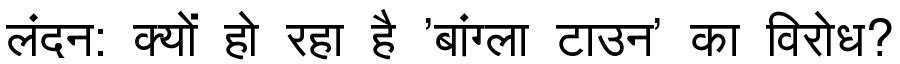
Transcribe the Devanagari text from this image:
लंदन: क्यों हो रहा है 'बांग्ला टाउन' का विरोध?